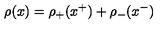
\rho ( x ) = \rho _ { + } ( x ^ { + } ) + \rho _ { - } ( x ^ { - } )